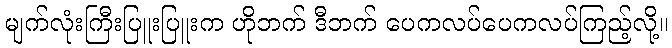
မျက်လုံးကြီးပြူးပြူးက ဟိုဘက် ဒီဘက် ပေကလပ်ပေကလပ်ကြည့်လို့။